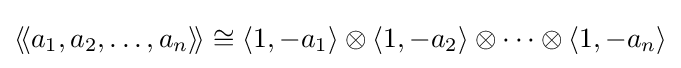
\langle \!\langle a_{1},a_{2},\ldots ,a_{n}\rangle \!\rangle \cong \langle 1,-a_{1}\rangle \otimes \langle 1,-a_{2}\rangle \otimes \cdots \otimes \langle 1,-a_{n}\rangle